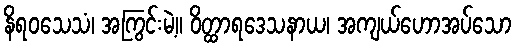
နိရဝသေသံ၊ အကြွင်းမဲ့။ ဝိတ္ထာရဒေသနာယ၊ အကျယ်ဟောအပ်သော